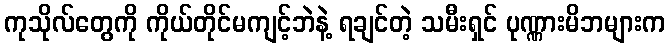
ကုသိုလ်တွေကို ကိုယ်တိုင်မကျင့်ဘဲနဲ့ ရချင်တဲ့ သမီးရှင် ပုဏ္ဏားမိဘများက